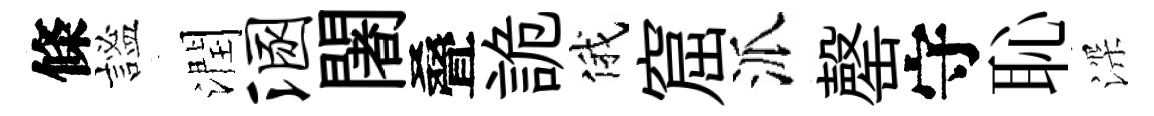
條謐潤溷闍叠詭俄窟派罄守恥深